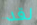
لقد